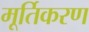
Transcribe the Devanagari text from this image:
मूर्तिकरण